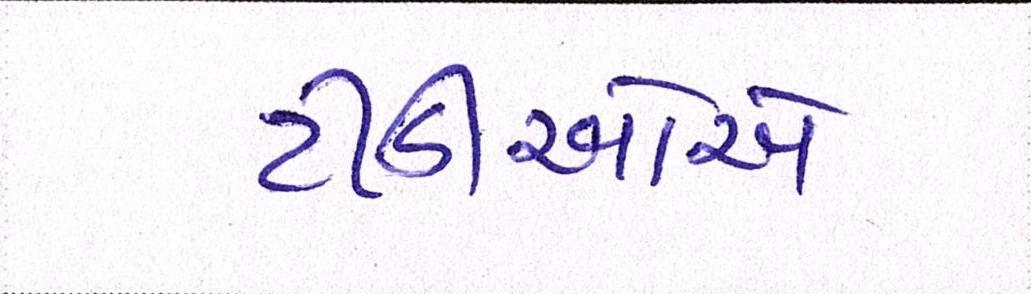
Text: ટીડીઓએ